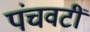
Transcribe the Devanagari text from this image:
पंचवटीं